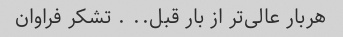
هربار عالی‌تر از بار قبل.. ‌. تشکر فراوان